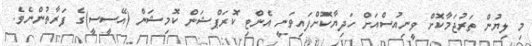
މި ލިޔުން ތަރުޖަމާކޮށް ވީނިއުސްއަށް ހަދިޔާކޮށްފައިވަނީ އެންޓި ކޮރަޕްޝަން ކޮމިޝަން (އޭސީސީ)ގެ ފަރާތުންނެވެ.